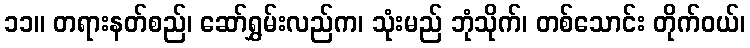
၁၁။ တရားနတ်စည်၊ ဆော်ရွှမ်းလည်က၊ သုံးမည် ဘုံသိုက်၊ တစ်သောင်း တိုက်ဝယ်၊